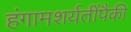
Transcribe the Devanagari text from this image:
हंगामशर्यतींपैकी